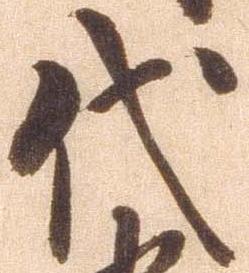
代